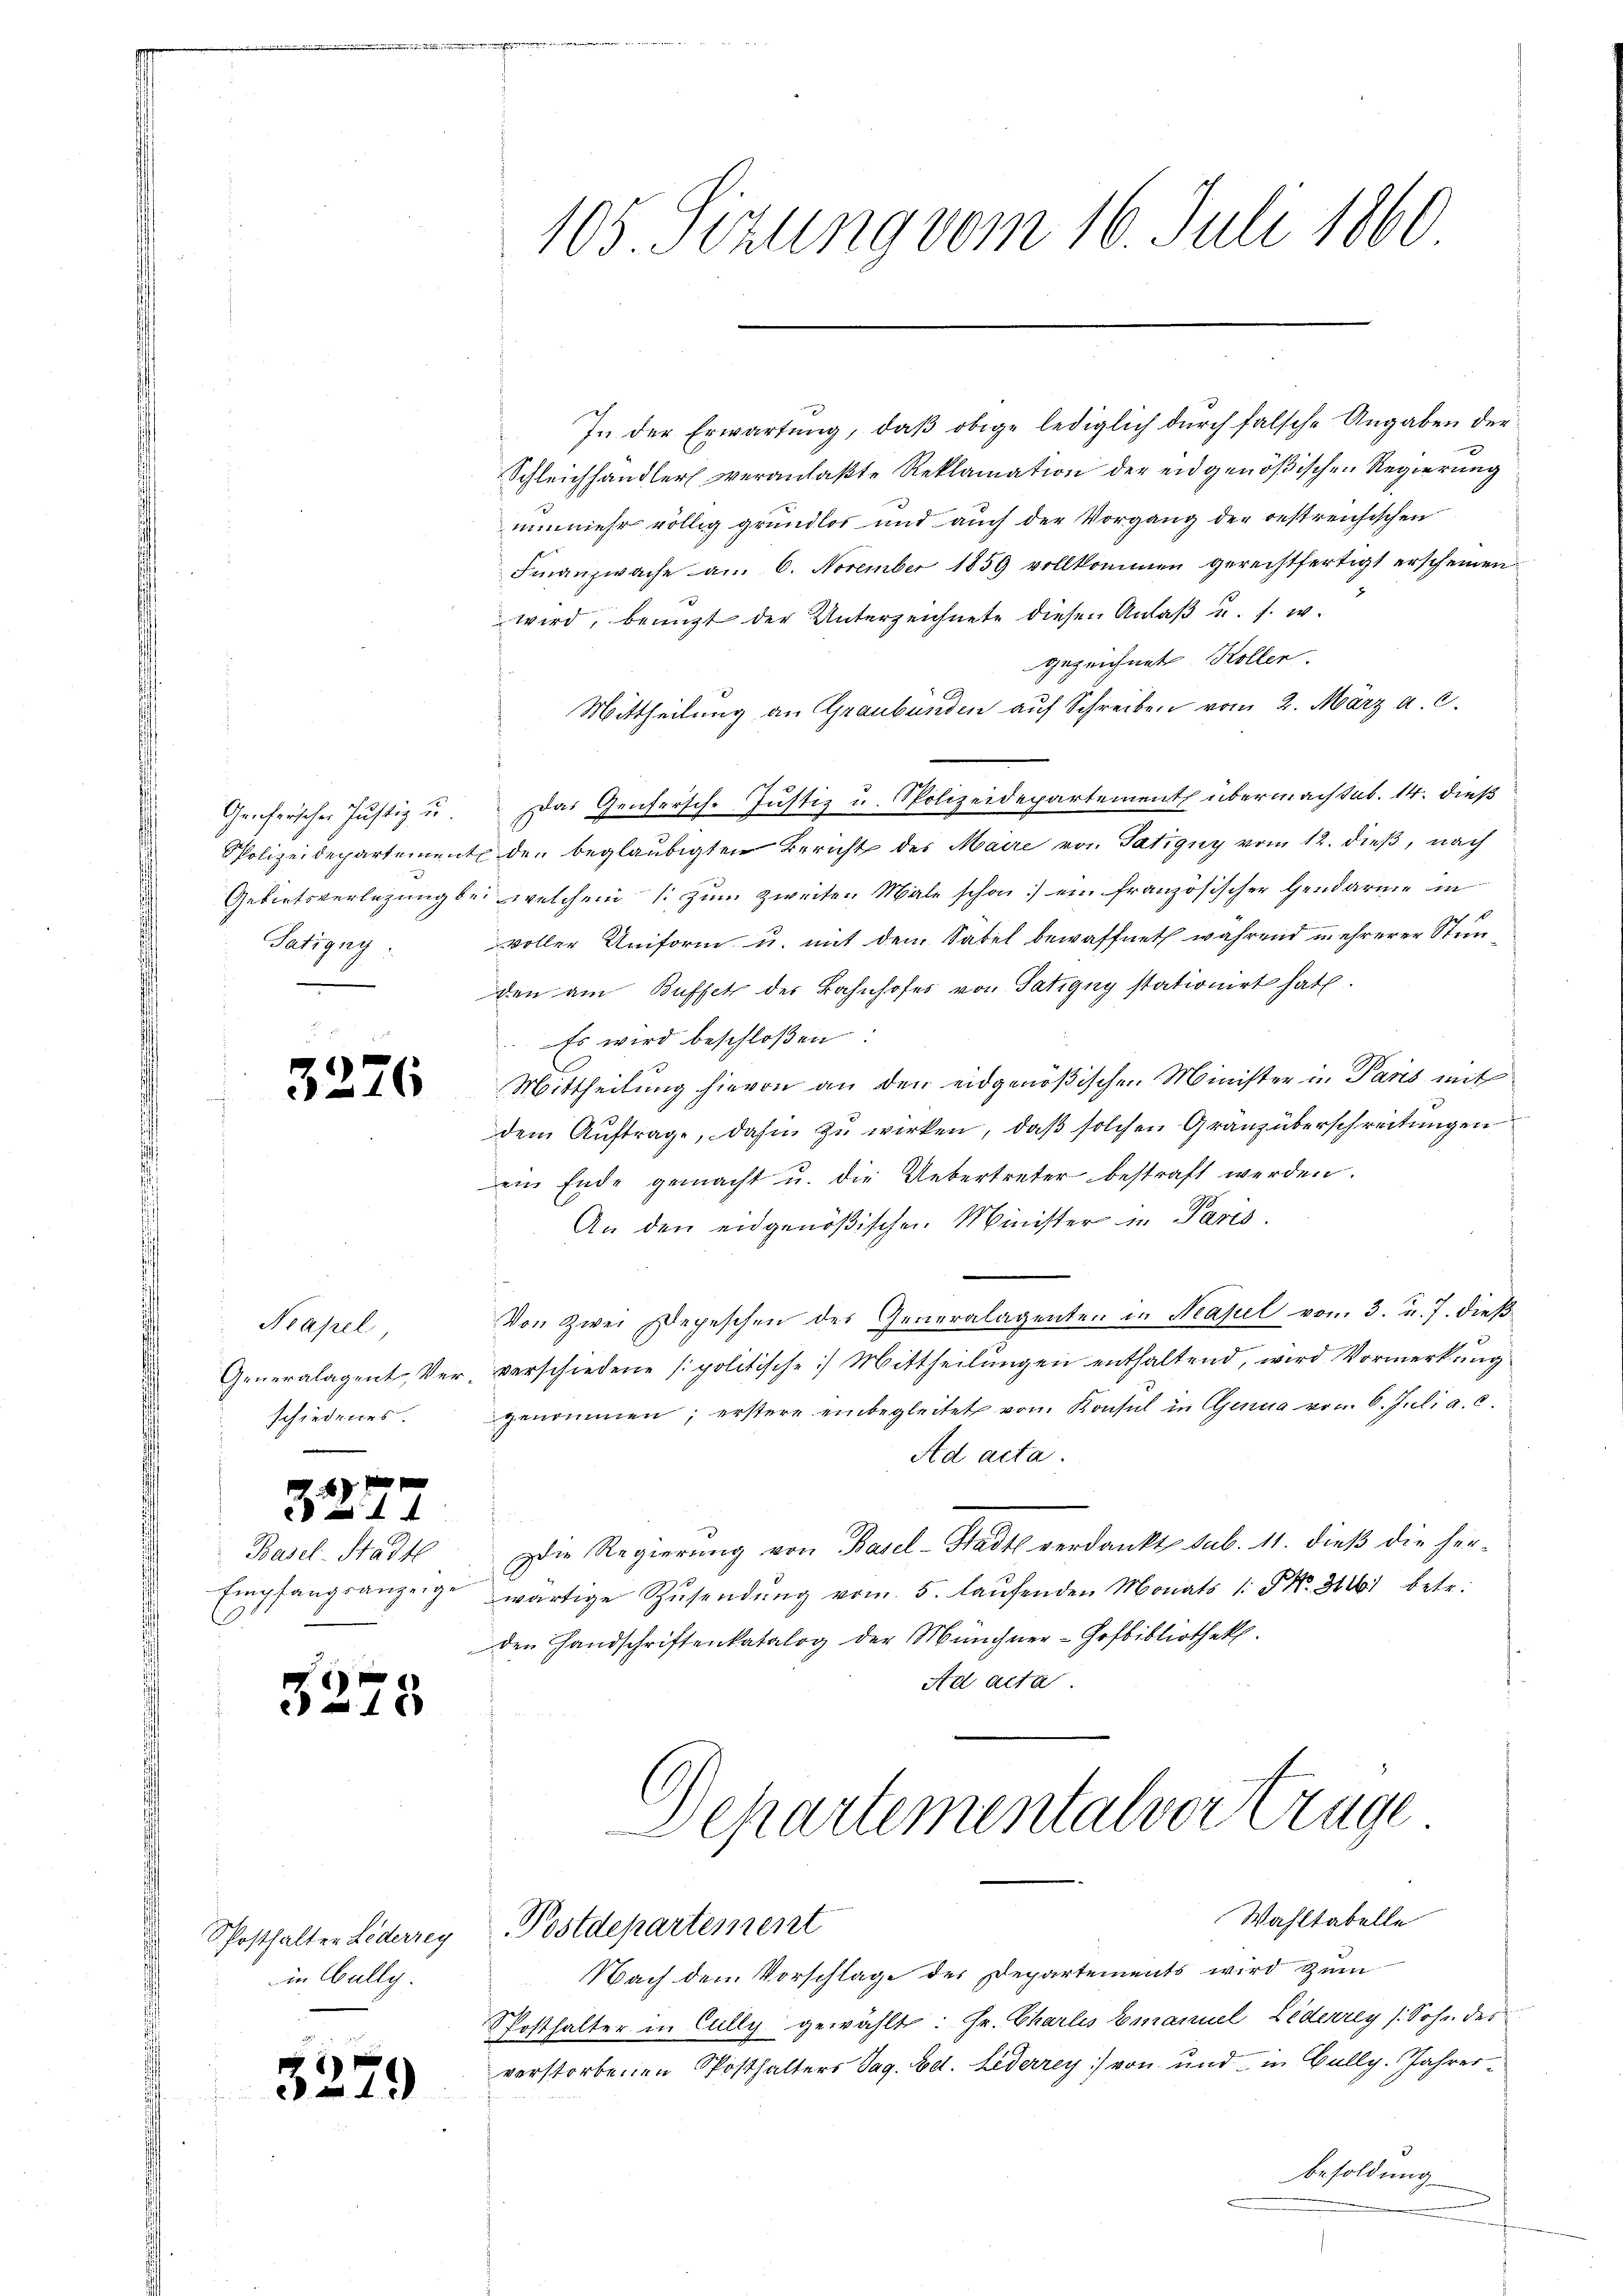
Genferscher Justiz u.
PPolizeidepartement
Gebietsverlegung be
Tatigny

3.

Neapel
Generalagent, Verschiedenes.

2
e

Basel-Stadte
Empfangsanzeige

3

d
35

76

172

25

Phosthalten Lederreg
in Gally.

29)

105 Sitzung vom 16. Juli 1860

In der Erwartung, daβ obige lediglich dŭrch falsche Angaben der
Schleichhandler veranlaßte Reklamation der eidgenößischen Regierung
nunmehr völlig grundlos und auch der Vorgang der restreichischen
Finanzwache au. 6. November 1859 vollkommen gerechtfertigt erscheinen.
wird, benuzt der Unterzeichnete diesen Anlaβ u. s. w.
gezeichnete Kollen.
Mittheilung an Graubünden auf Schreiben vom 2. März a. c.
Das Genfersche Justiz u. Polizeidepartement übermachtet. 14. dieß
den beglaubigten Bericht des Maire von Tätigny vom 12. dieß, nach
welchem 1 zum Zweiten Male schon ein französischer Gendarme in
voller Uniform u. mit dem Sabel bewaffnet während in ehrerer Stunden am Buffet der Bahnhofes von Tätigny stationirt hat.
 Es wird beschloßen:
Mittheilung hievon an den eidgenößischen Minister in Paris mit
dem Auftrage, dahin zu wirken, daß solchen Granz überschreitungen
ein Ende gemacht u. die Uebertreter bestraft werden.
An den eidgenößischen Minister in Paris.
Von Zwei Depeschen des Generalagenten in Neapel vom 3. u. 7. dieß
verschiedene politische) Mittheilungen enthaltend, wird Vormerkung
genommen; erstere einbegleitet vom Konsul in Genua vom 6. Juli a. c.
Ad acta.
die Regierŭng von Basel-Stadt verdankt sub. 11. dieß die her-
wärtige Zŭsendŭng vom 5. laŭfenden Monats 1. No. 311. betr.
den Handschriftenkatalog der Münchner-Hofbibliothek.
Ad acta.
Chartementalvertrage

Wahltabelle
Postdepartement

Nach dem Vorschlage des Departements wird zum
Posthalter in Cully gewählt: Hr. Charlis Emanuel Lederrey (Sohn des
verstorbenen Posthalters Tag. Ed. Lederrey von und in Bullg. Jahres¬
Besoldung